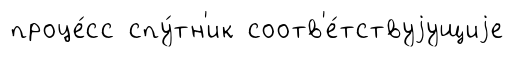
проце́сс спу́тн'ик соотв'е́тствуjущиjе